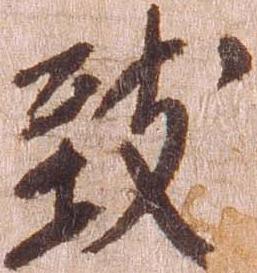
致